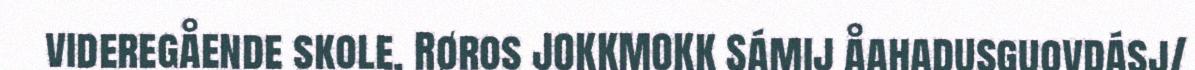
videregående skole, Røros JOKKMOKK Sámij åahadusguovdásj/